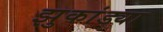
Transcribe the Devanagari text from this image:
झुकांड्या